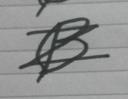
Signature authenticity: forged